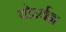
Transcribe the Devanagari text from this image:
योऽर्थज्ञ